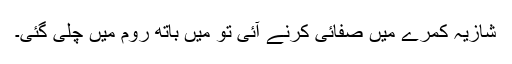
شازیہ کمرے میں صفائی کرنے آئی تو میں باتھ روم میں چلی گئی۔